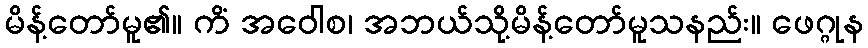
မိန့်တော်မူ၏။ ကိံ အဝေါစ၊ အဘယ်သို့မိန့်တော်မူသနည်း။ ဖေဂ္ဂုန